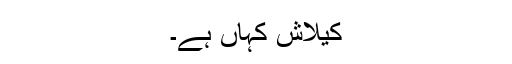
کیلاش کہاں ہے۔